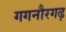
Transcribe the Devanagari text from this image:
गगनौरगढ़